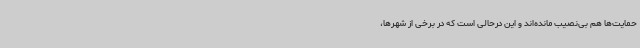
حمایت‌ها هم بی‌نصیب مانده‌اند و این درحالی است که در برخی از شهرها،